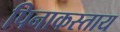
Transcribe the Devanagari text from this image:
पिनाकस्ताय